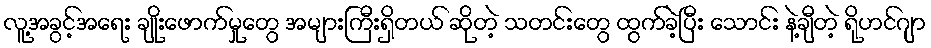
လူ့အခွင့်အရေး ချိုးဖောက်မှုတွေ အများကြီးရှိတယ် ဆိုတဲ့ သတင်းတွေ ထွက်ခဲ့ပြီး သောင်း နဲ့ချီတဲ့ ရိုဟင်ဂျာ